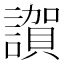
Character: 𧬂